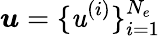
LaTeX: \boldsymbol{\mathit{u}}=\{ \mathit{u}^{(i)}\} _{i=1}^{N_{e}}